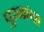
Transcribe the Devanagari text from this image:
पुरळांचा